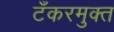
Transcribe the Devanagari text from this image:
टँकरमुक्त